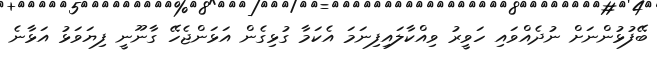
ބޭފުޅުންނަށް ނުދެއްވައި ހަވީރު ވިއްކާލައިފިނަމަ އެކަމާ ގުޅިގެން އަޅަންޖެހޭ ގާނޫނީ ފިޔަވަޅު އަޅާނެ